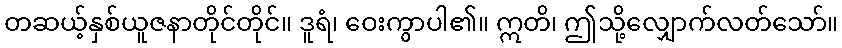
တဆယ့်နှစ်ယူဇနာတိုင်တိုင်။ ဒူရံ၊ ဝေးကွာပါ၏။ ဣတိ၊ ဤသို့လျှောက်လတ်သော်။